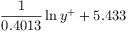
\frac { 1 } { 0 . 4 0 1 3 } \ln { y ^ { + } } + 5 . 4 3 3